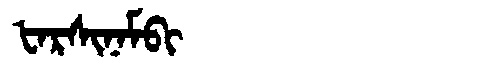
Manchu: ᡶᠠᡵᠰᡳᠨᠠᠮᠪᡳ
Romanization: FARSINAMBI